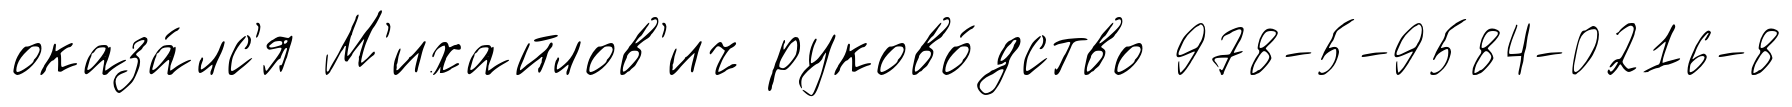
оказа́лс'я М'ихайлов'ич руково́дство 978-5-9584-0216-8